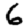
Digit: 6